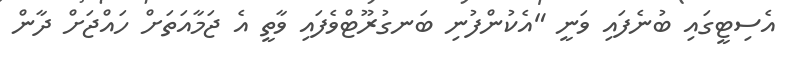
އެސިޓީގައި ބުނެފައި ވަނީ "އެކުންފުނި ބަނގުރޫޓްވެފައި ވާތީ އެ ޖަމާއަތަށް ހައްޖަށް ދާން